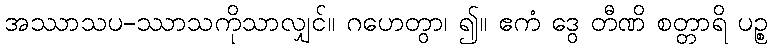
အဿာသပ-ဿာသကိုသာလျှင်။ ဂဟေတွာ၊ ၍။ ဧကံ ဒွေ တီဏိ စတ္တာရိ ပဉ္စ